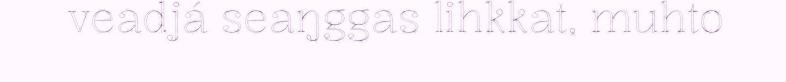
veadjá seaŋggas lihkkat, muhto